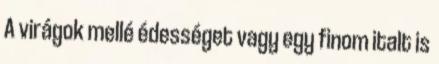
A virágok mellé édességet vagy egy finom italt is